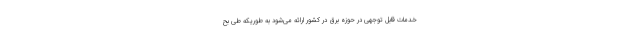
خدمات قابل توجهی در حوزه برق در کشور ارائه می‌شود به طوریکه طی بح